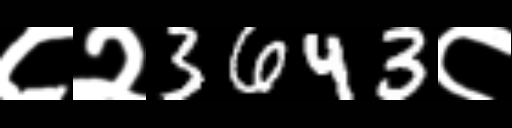
Text: ८२3643८